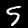
Label: 5